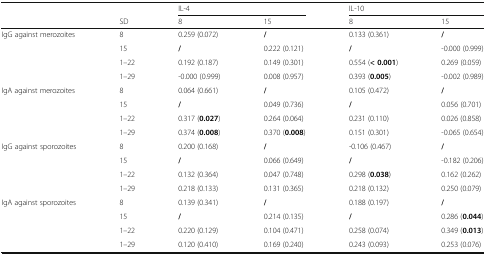
| <ROWSPAN=2>  |  | <COLSPAN=2> IL-4 | <COLSPAN=2> IL-10 |
 | SD | 8 | 15 | 8 | 15 |
 | --- | --- | --- | --- | --- | --- |
 | <ROWSPAN=4> IgG against merozoites | 8 | 0.259 (0.072) | / | 0.133 (0.361) | / |
 | 15 | / | 0.222 (0.121) | / | -0.000 (0.999) |
 | 1–22 | 0.192 (0.187) | 0.149 (0.301) | 0.554 (< 0.001) | 0.269 (0.059) |
 | 1–29 | -0.000 (0.999) | 0.008 (0.957) | 0.393 (0.005) | -0.002 (0.989) |
 | <ROWSPAN=4> IgA against merozoites | 8 | 0.064 (0.661) | / | 0.105 (0.472) | / |
 | 15 | / | 0.049 (0.736) | / | 0.056 (0.701) |
 | 1–22 | 0.317 (0.027) | 0.264 (0.064) | 0.231 (0.110) | 0.026 (0.858) |
 | 1–29 | 0.374 (0.008) | 0.370 (0.008) | 0.151 (0.301) | -0.065 (0.654) |
 | <ROWSPAN=4> IgG against sporozoites | 8 | 0.200 (0.168) | / | -0.106 (0.467) | / |
 | 15 | / | 0.066 (0.649) | / | -0.182 (0.206) |
 | 1–22 | 0.132 (0.364) | 0.047 (0.748) | 0.298 (0.038) | 0.162 (0.262) |
 | 1–29 | 0.218 (0.133) | 0.131 (0.365) | 0.218 (0.132) | 0.250 (0.079) |
 | <ROWSPAN=4> IgA against sporozoites | 8 | 0.139 (0.341) | / | 0.188 (0.197) | / |
 | 15 | / | 0.214 (0.135) | / | 0.286 (0.044) |
 | 1–22 | 0.220 (0.129) | 0.104 (0.471) | 0.258 (0.074) | 0.349 (0.013) |
 | 1–29 | 0.120 (0.410) | 0.169 (0.240) | 0.243 (0.093) | 0.253 (0.076) |